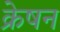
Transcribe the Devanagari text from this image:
क्रेषन